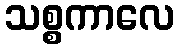
သစ္စကာလေ